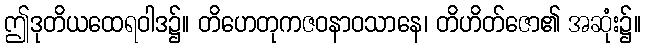
ဤဒုတိယထေရဝါဒ၌။ တိဟေတုကဇဝနာဝသာနေ၊ တိဟိတ်ဇော၏ အဆုံး၌။